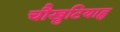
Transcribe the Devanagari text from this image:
चौखुटियाहृ